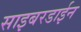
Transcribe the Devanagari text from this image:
साइबरडाईन